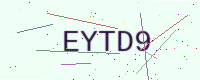
Text: EYTD9